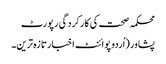
محکمہ صحت کی کارکردگی رپورٹ
پشاور(اُردو پوائنٹ اخبارتازہ ترین۔